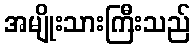
အမျိုးသားကြီးသည်